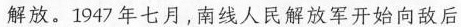
解放。1947 年七月，南线人民解放军开始向敌后